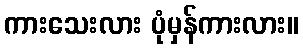
ကားသေးလား ပုံမှန်ကားလား။